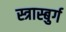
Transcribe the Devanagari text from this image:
स्त्रास्बुर्ग